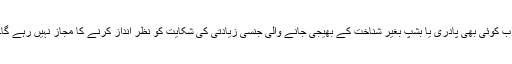
اب کوئی بھی پادری یا بشپ بغیر شناخت کے بھیجی جانے والی جنسی زیادتی کی شکایت کو نظر انداز کرنے کا مجاز نہیں رہے گا۔